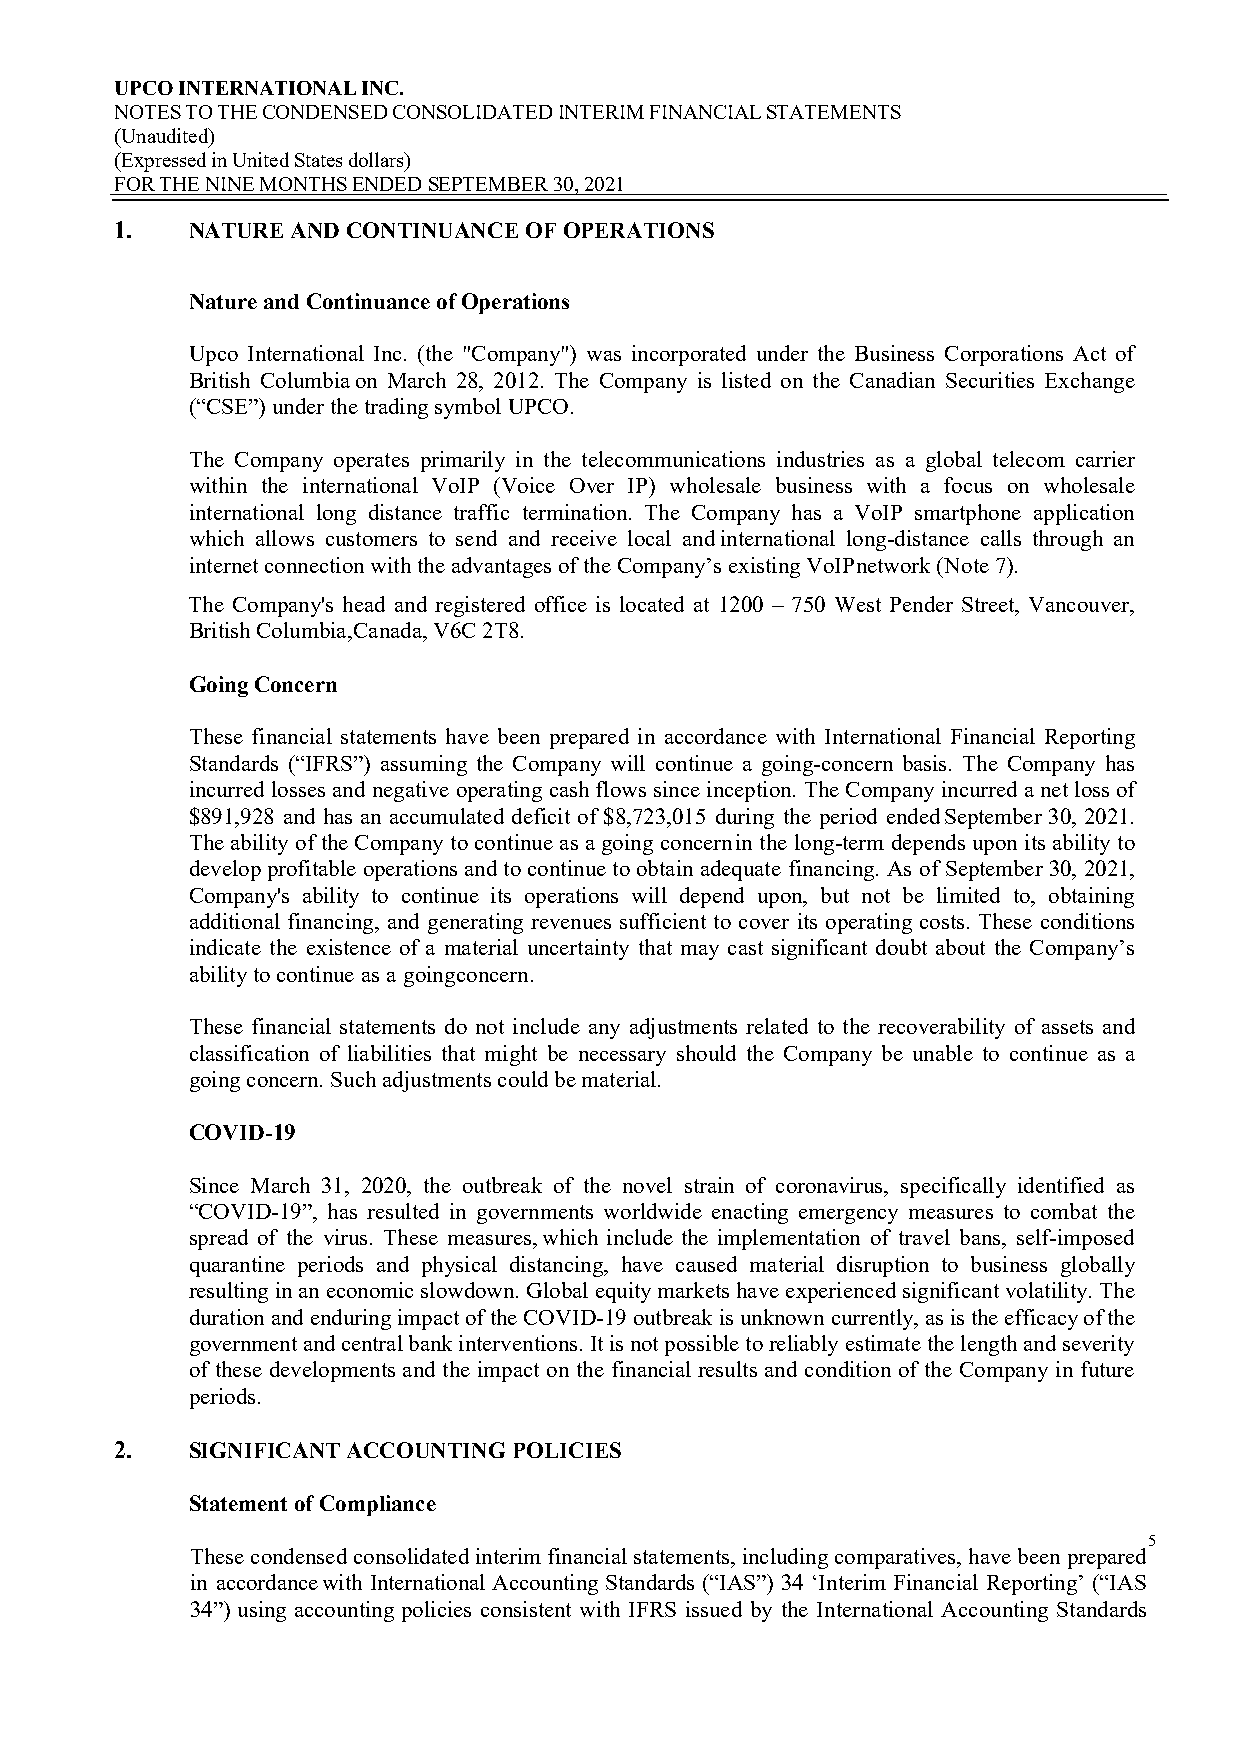
UPCO INTERNATIONAL INC.
 NOTES TO THE CONDENSED CONSOLIDATED INTERIM FINANCIAL STATEMENTS
 (Unaudited)
 (Expressed in United States dollars)
 FOR THE NINE MONTHS ENDED SEPTEMBER 30, 2021
 1.  NATURE AND CONTINUANCE OF OPERATIONS
 Nature and Continuance of Operations
 Upco International Inc. (the "Company") was incorporated under the Business Corporations Act of
 British Columbia on March 28, 2012. The Company is listed on the Canadian Securities Exchange
 (“CSE”) under the trading symbol UPCO.
 The Company operates primarily in the telecommunications industries as a global telecom carrier
 within the international VoIP (Voice Over IP) wholesale business with a focus on wholesale
 international long distance traffic termination. The Company has a VoIP smartphone application
 which allows customers to send and receive local and international long-distance calls through an
 internet connection with the advantages of the Company’s existing VoIP network (Note 7).
 The Company's head and registered office is located at 1200 – 750 West Pender Street, Vancouver,
 British Columbia, Canada, V6C 2T8.
 Going Concern
 These financial statements have been prepared in accordance with International Financial Reporting
 Standards (“IFRS”) assuming the Company will continue a going-concern basis. The Company has
 incurred losses and negative operating cash flows since inception. The Company incurred a net loss of
 $891,928 and has an accumulated deficit of $8,723,015 during the period ended September 30, 2021.
 The ability of the Company to continue as a going concern in the long-term depends upon its ability to
 develop profitable operations and to continue to obtain adequate financing. As of September 30, 2021,
 Company's ability to continue its operations will depend upon, but not be limited to, obtaining
 additional financing, and generating revenues sufficient to cover its operating costs. These conditions
 indicate the existence of a material uncertainty that may cast significant doubt about the Company’s
 ability to continue as a going concern.
 These financial statements do not include any adjustments related to the recoverability of assets and
 classification of liabilities that might be necessary should the Company be unable to continue as a
 going concern. Such adjustments could be material.
 COVID-19
 Since March 31, 2020, the outbreak of the novel strain of coronavirus, specifically identified as
 “COVID-19”, has resulted in governments worldwide enacting emergency measures to combat the
 spread of the virus. These measures, which include the implementation of travel bans, self-imposed
 quarantine periods and physical distancing, have caused material disruption to business globally
 resulting in an economic slowdown. Global equity markets have experienced significant volatility. The
 duration and enduring impact of the COVID-19 outbreak is unknown currently, as is the efficacy of the
 government and central bank interventions. It is not possible to reliably estimate the length and severity
 of these developments and the impact on the financial results and condition of the Company in future
 periods.
 2.  SIGNIFICANT ACCOUNTING POLICIES
 Statement of Compliance
 5
 These condensed consolidated interim financial statements, including comparatives, have been prepared
 in accordance with International Accounting Standards (“IAS”) 34 ‘Interim Financial Reporting’ (“IAS
 34”) using accounting policies consistent with IFRS issued by the International Accounting Standards